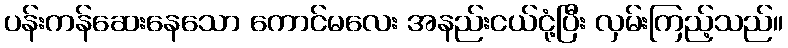
ပန်းကန်ဆေးနေသော ကောင်မလေး အနည်းငယ်ငုံ့ပြီး လှမ်းကြည့်သည်။